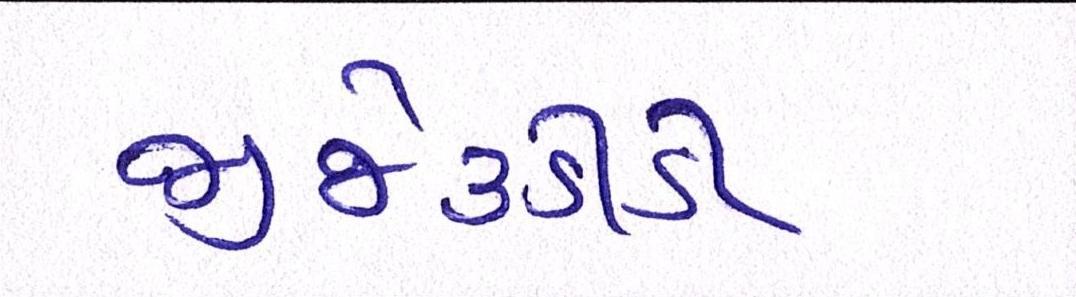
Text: જીજે૩ડીડી